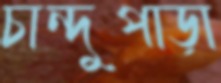
চান্দুপাড়া